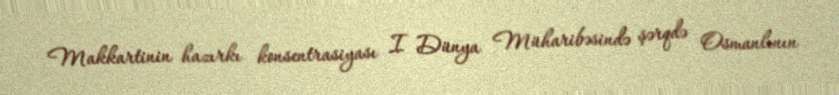
Makkartinin hazırkı konsentrasiyası I Dünya Müharibəsində şərqdə Osmanlının